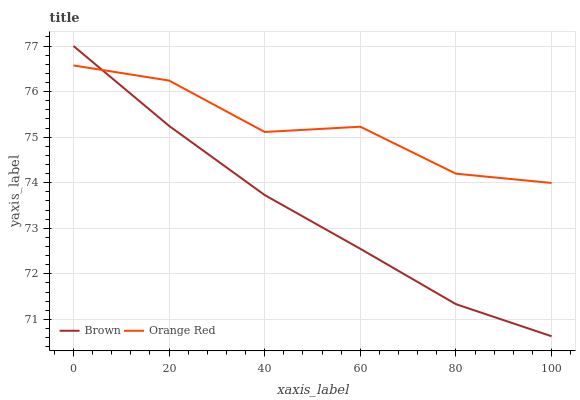
| xaxis_label | Brown | Orange Red |
 | --- | --- | --- |
 | 0 | 77 | 76.6 |
 | 20 | 75.2 | 76.2 |
 | 40 | 73.7 | 75.1 |
 | 60 | 72.5 | 75.2 |
 | 80 | 71.3 | 74.2 |
 | 100 | 70.6 | 74 |